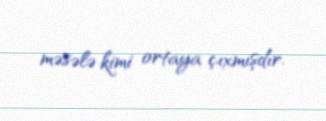
məsələ kimi ortaya çıxmışdır.